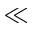
\ll